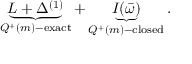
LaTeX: \underbrace { L + \Delta ^ { ( 1 ) } } _ { Q ^ { + } ( m ) - \mathrm { e x a c t } } + \underbrace { I ( \bar { \omega } ) } _ { Q ^ { + } ( m ) - \mathrm { c l o s e d } } .